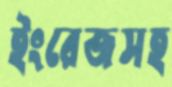
ইংরেজসহ